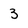
Character: 3